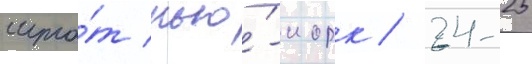
шта́т нью́-иорк / 24-25